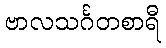
ဗာလသင်္ဂတစာရီ